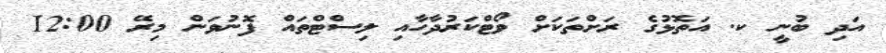
އަދި ބުނީ ކ. އަތޮޅުގެ ރަށްތަކަށް ވޯޓްކަރުދާހާއި ލިސްޓްތައް ފޮނުވަން މިރޭ 12:00